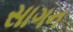
સાગન